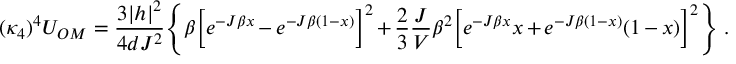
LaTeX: ( \kappa _ { 4 } ) ^ { 4 } U _ { O M } = \frac { 3 | h | ^ { 2 } } { 4 d J ^ { 2 } } \Bigg \{ \beta \Big [ e ^ { - J \beta x } - e ^ { - J \beta ( 1 - x ) } \Big ] ^ { 2 } + \frac { 2 } { 3 } \frac { J } { V } \beta ^ { 2 } \Big [ e ^ { - J \beta x } x + e ^ { - J \beta ( 1 - x ) } ( 1 - x ) \Big ] ^ { 2 } \Bigg \} \; .